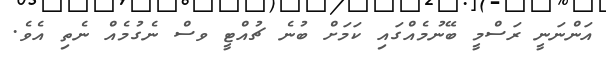
އަންނަނީ ރަސްމީ ބޭނުމެއްގައި ކަމަށް ބުނެ ޗުއްޓީ ވސް ނެގުމެއް ނެތި އެވެ.